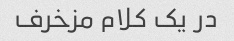
در یک کلام مزخرف